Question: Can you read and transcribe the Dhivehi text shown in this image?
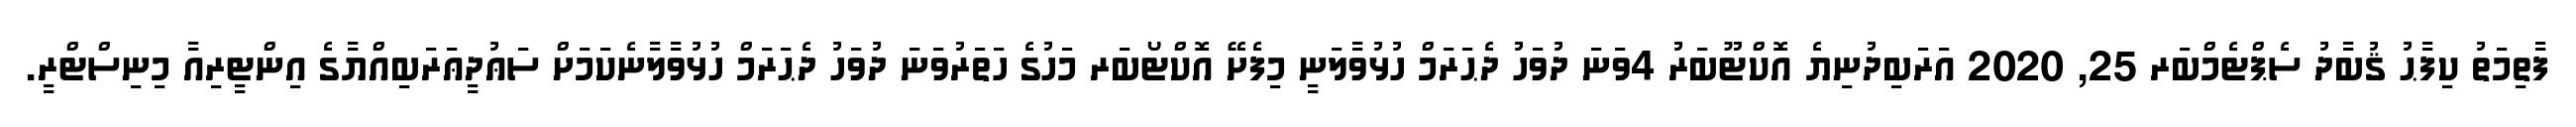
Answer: ފާތިމަތު ކިފާޙު ޤުބާދު ސެޕްޓެމްބަރ 25, 2020 އަރަބިދުނިޔެ އޮކްޓޫބަރު 4ވަނަ ދުވަހު ދެޙަރަމް ހުޅުވާލަނީ މިފެށޭ އޮކްޓޯބަރ މަހުގެ ހަތަރުވަނަ ދުވަހު ދެޙަރަމް ހުޅުވާލާނެކަމަށް ސަޢުދީޢަރަބިއްޔާގެ އިންޓީރިއާ މިނިސްޓްރީ.